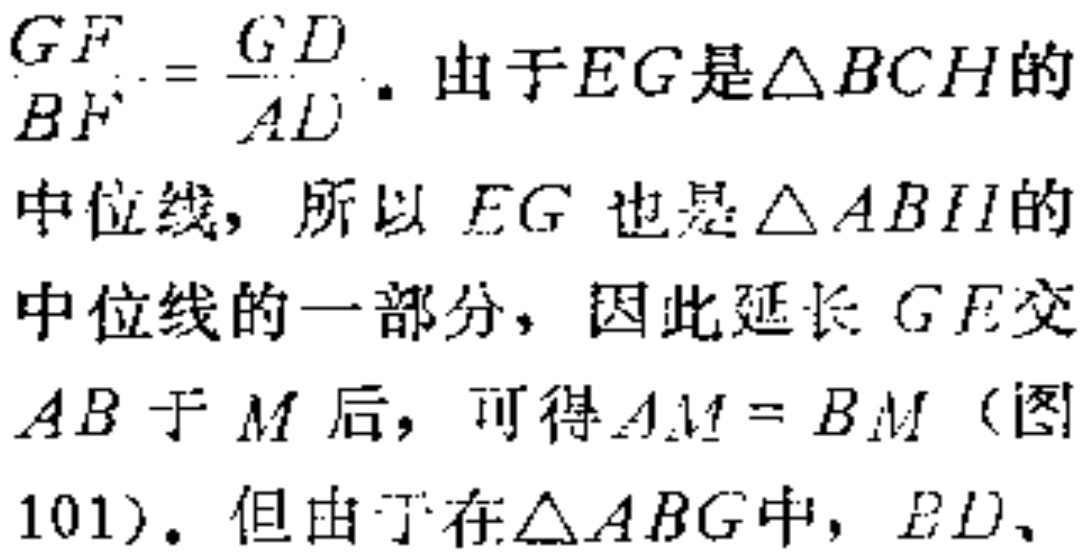
\(\frac{GF}{BF}=\frac{GD}{AD}\). 由于\(EG\)是\(\triangle BCH\)的中位线，所以 \(EG\) 也是\(\triangle ABH\)的中位线的一部分，因此延长 \(GE\)交 \(AB\)于 \(M\)后，可得\(AM = BM\)（图101）. 但由于在\(\triangle ABG\)中，\(ED\)、